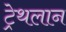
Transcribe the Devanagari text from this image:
ट्रेथलान